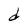
Character: d